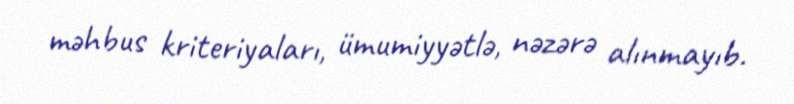
məhbus kriteriyaları, ümumiyyətlə, nəzərə alınmayıb.